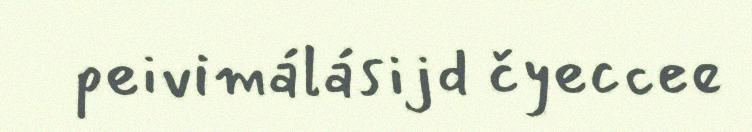
peivimálásijd čyeccee